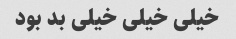
خیلی خیلی خیلی بد بود